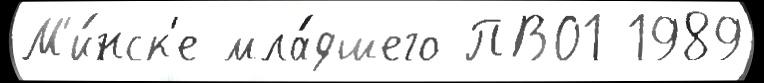
М'и́нск'е мла́дшего ПВО1 1989